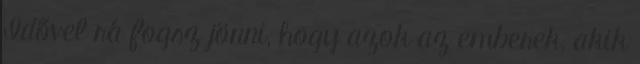
Idővel rá fogsz jönni, hogy azok az emberek, akik